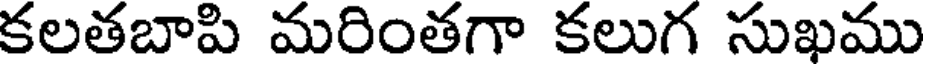
కలతబాపి మరింతగా కలుగ సుఖము